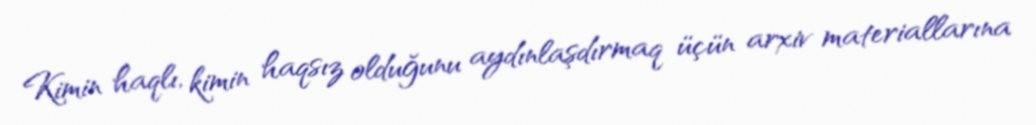
Kimin haqlı, kimin haqsız olduğunu aydınlaşdırmaq üçün arxiv materiallarına